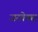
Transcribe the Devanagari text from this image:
जरवेक्स